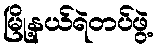
မြို့နယ်ရဲတပ်ဖွဲ့